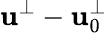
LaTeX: \mathbf{u^{\perp}}-\mathbf{u}_{0}^{\perp}